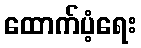
ထောက်ပံ့ရေး